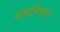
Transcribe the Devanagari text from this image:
संघविचार